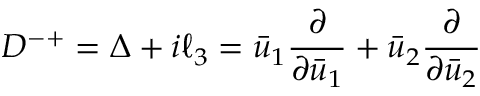
D ^ { - + } = \Delta + i \ell _ { 3 } = \bar { u } _ { 1 } \frac { \partial } { \partial \bar { u } _ { 1 } } + \bar { u } _ { 2 } \frac { \partial } { \partial \bar { u } _ { 2 } }